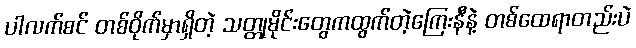
ပါလက်စင် တစ်ဝိုက်မှာရှိတဲ့ သတ္တုမိုင်းတွေကထွက်တဲ့ကြေးနီနဲ့ တစ်ထေရာတည်းပဲ